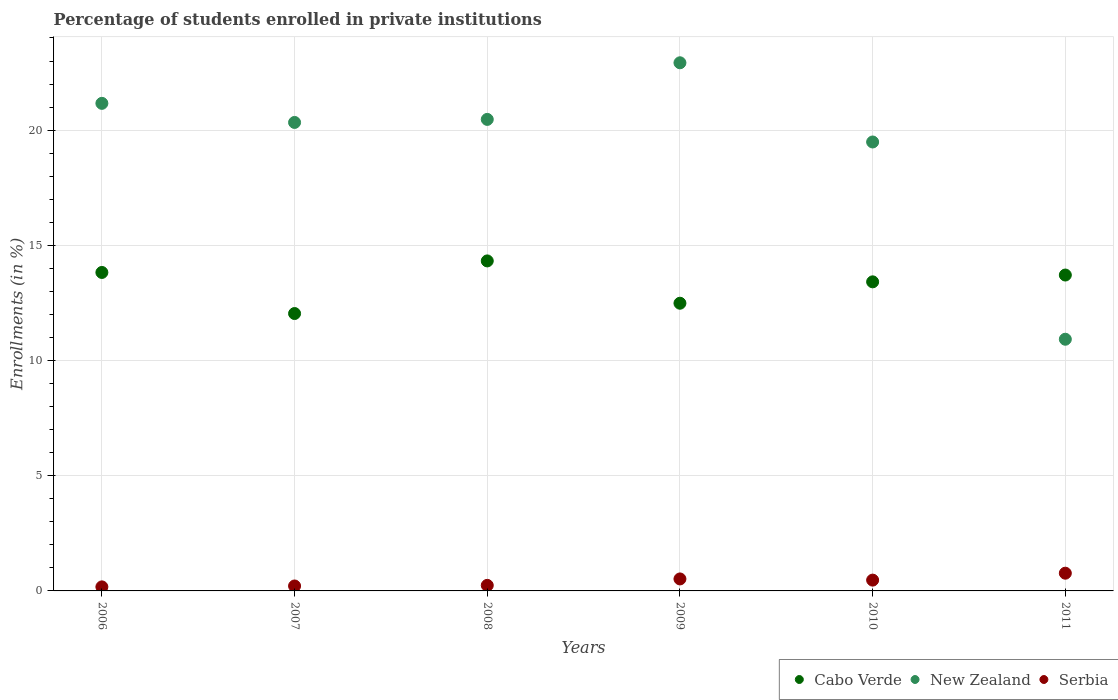
| Years | Cabo Verde | New Zealand | Serbia |
 | --- | --- | --- | --- |
 | 2006 | 13.8 | 21.2 | 0.175 |
 | 2007 | 12 | 20.3 | 0.214 |
 | 2008 | 14.3 | 20.5 | 0.241 |
 | 2009 | 12.5 | 22.9 | 0.52 |
 | 2010 | 13.4 | 19.5 | 0.469 |
 | 2011 | 13.7 | 10.9 | 0.769 |